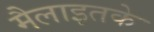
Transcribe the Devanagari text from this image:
मैलाइतके